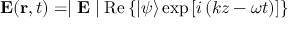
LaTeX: \mathbf { E } ( \mathbf { r } , t ) = \mid \mathbf { E } \mid \mathrm { R e } \left\{ | \psi \rangle \exp \left[ i \left( k z - \omega t \right) \right] \right\}